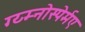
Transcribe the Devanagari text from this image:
ग्य्म्नोस्पेर्मए